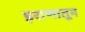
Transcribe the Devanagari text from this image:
इराणातून